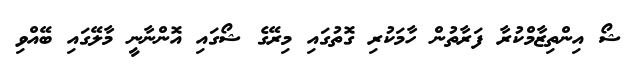
ޝޯ އިންތިޒާމްކުރާ ފަރާތުން ހާމަކުރި ގޮތުގައި މިރޭގެ ޝޯގައި އޮންނާނީ މާލޭގައި ބޭއްވި